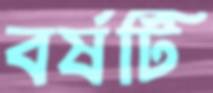
বর্ষটি